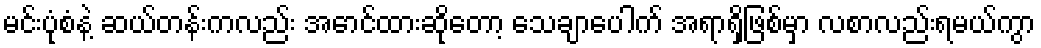
မင်းပုံစံနဲ့ ဆယ်တန်းကလည်း အောင်ထားဆိုတော့ သေချာပေါက် အရာရှိဖြစ်မှာ လစာလည်းရမယ်ကွာ